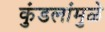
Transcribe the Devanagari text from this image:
कुंडलांमुळे